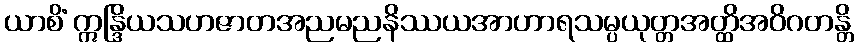
ယာစိံ ဣန္ဒြိယသဟဇာတအညမညနိဿယအာဟာရသမ္ပယုတ္တအတ္ထိအဝိဂတန္တိ